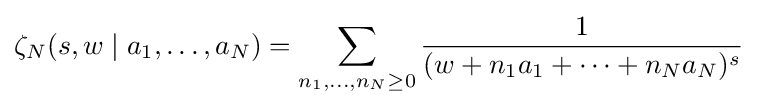
\zeta _{N}(s,w\mid a_{1},\ldots ,a_{N})=\sum _{n_{1},\dots ,n_{N}\geq 0}{\frac {1}{(w+n_{1}a_{1}+\cdots +n_{N}a_{N})^{s}}}